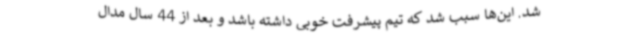
شد. این‌ها سبب شد که تیم پیشرفت خوبی داشته باشد و بعد از 44 سال مدال